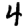
Digit: 4